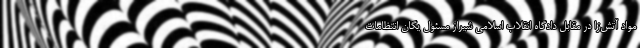
مواد آتش‌زا در مقابل دادگاه انقلاب اسلامی شیراز مسئول یگان انتظامات